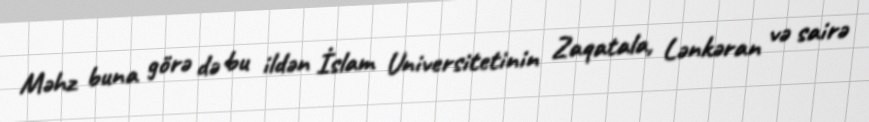
Məhz buna görə də bu ildən İslam Universitetinin Zaqatala, Lənkəran və sairə